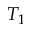
T _ { 1 }